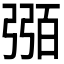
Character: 𢐈